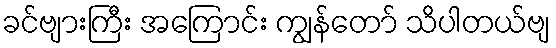
ခင်ဗျားကြီး အကြောင်း ကျွန်တော် သိပါတယ်ဗျ